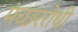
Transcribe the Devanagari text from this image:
मच्छररोधी